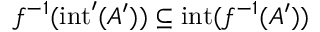
f ^ { - 1 } ( \mathrm { i n t } ^ { \prime } ( A ^ { \prime } ) ) \subseteq \mathrm { i n t } ( f ^ { - 1 } ( A ^ { \prime } ) )